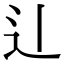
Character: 𫐞